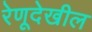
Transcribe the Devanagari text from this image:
रेणूदेखील